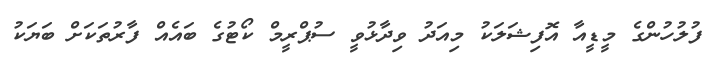
ފުލުހުންގެ މީޑީއާ އޮފިޝަލަކު މިއަދު ވިދާޅުވީ ސުޕްރީމް ކޯޓުގެ ބައެއް ފާރުތަކަށް ބަޔަކު